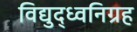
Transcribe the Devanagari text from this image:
विद्युद्ध्वनिग्रह